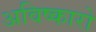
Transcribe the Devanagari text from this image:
अविष्कारो